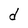
Character: d